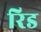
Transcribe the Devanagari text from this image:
रिड